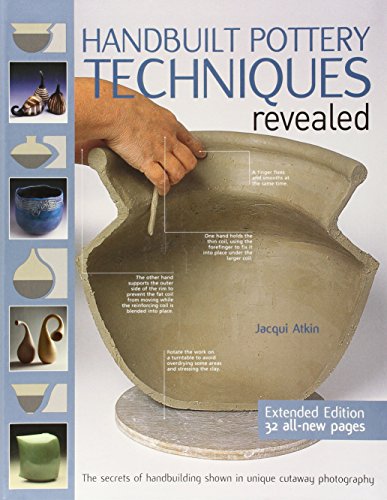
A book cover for Handbuilt Pottery Techniques Revealed: The Secrets of Handbuilding Shown in Unique Cutaway Photography; Jacqui Atkin; Crafts, Hobbies & Home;